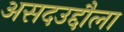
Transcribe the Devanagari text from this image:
असदउद्दौला